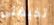
تخيفنى